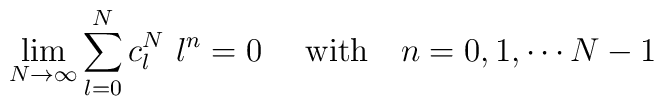
\lim_{N\rightarrow \infty}\sum_{l=0}^{N} c_l^N\ l^n = 0 \  \quad \mbox{with} \quad      n= 0, 1, \cdots N-1\,